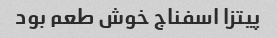
پیتزا اسفناج خوش طعم بود